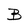
Character: B